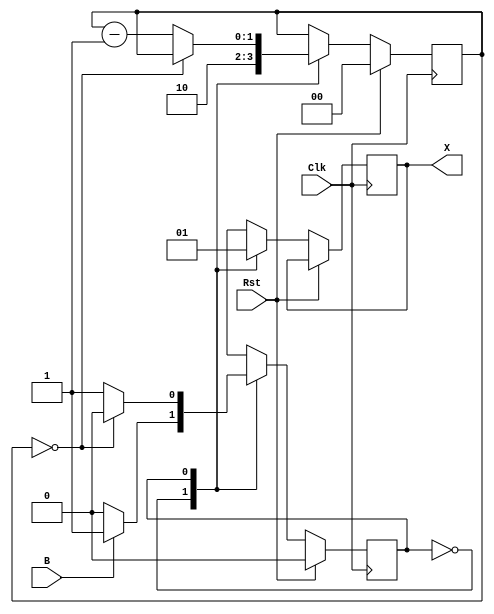
`timescale 1ns/1ns

module LaserTimer (B, X, Clk, Rst);

    input B, Clk, Rst;
    output reg X;
    parameter   S_Off = 1'b0,
                S_On = 1'b1;

    reg State;
    reg [1:0] Cnt;

    always @(posedge Clk) begin
        if (Rst == 1'b1) begin
            State <= S_Off;
            Cnt <= 2'b00;
        end
        else begin
            case (State)
                S_Off: begin
                    X <= 1'b0;
                    Cnt <= 2'b10;
                    if (B==1'b0)
                        State <= S_Off;
                    else
                        State <= S_On;
                end
                S_On: begin
                    X <= 1'b1;
                    if (Cnt == 2'b00)
                        State <= S_Off;
                    else begin
                        State <= S_On;
                        Cnt <= Cnt - 2'b01;
                    end
                end
            endcase
        end
    end

endmodule